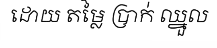
ដោយ តម្លៃ ប្រាក់ ឈ្នួល